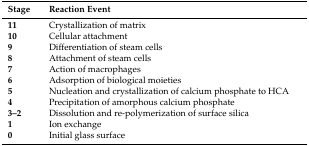
| Stage | Reaction Event |
 | --- | --- |
 | 11 | Crystallization of matrix |
 | 10 | Cellular attachment |
 | 9 | Differentiation of steam cells |
 | 8 | Attachment of steam cells |
 | 7 | Action of macrophages |
 | 6 | Adsorption of biological moieties |
 | 5 | Nucleation and crystallization of calcium phosphate to HCA |
 | 4 | Precipitation of amorphous calcium phosphate |
 | 3–2 | Dissolution and re-polymerization of surface silica |
 | 1 | Ion exchange |
 | 0 | Initial glass surface |